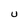
Character: U